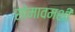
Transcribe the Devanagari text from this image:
सोमावमशी